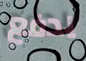
يدفع